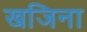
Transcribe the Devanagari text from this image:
खजिना